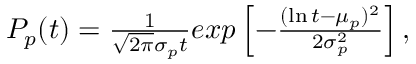
\begin{array} { r } { \begin{array} { r } { P _ { p } ( t ) = \frac { 1 } { \sqrt { 2 \pi } \sigma _ { p } t } e x p \left[ - \frac { ( \ln t - \mu _ { p } ) ^ { 2 } } { 2 \sigma _ { p } ^ { 2 } } \right] , } \end{array} } \end{array}